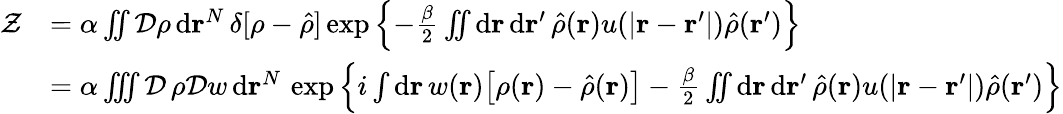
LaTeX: \begin{array}{rl}{\mathcal{Z}}&{=\alpha\iint\mathcal{D}\rho\, \mathrm{d}\mathbf{r}^{N}\, \delta[\rho-\hat{\rho}]\exp\left\{ -\frac{\beta}{2}\iint\mathrm{d}\mathbf{r}\, \mathrm{d}\mathbf{r}^{\prime}\, \hat{\rho}(\mathbf{r})u(\vert\mathbf{r}-\mathbf{r}^{\prime}\vert)\hat{\rho}(\mathbf{r}^{\prime})\right\} }\\ &{=\alpha\iiint\mathcal{D}\, \rho\mathcal{D}w\, \mathrm{d}\mathbf{r}^{N}\, \exp\left\{ i\int\mathrm{d}\mathbf{r}\, w(\mathbf{r})\big[\rho(\mathbf{r})-\hat{\rho}(\mathbf{r})\big]-\frac{\beta}{2}\iint\mathrm{d}\mathbf{r}\, \mathrm{d}\mathbf{r}^{\prime}\, \hat{\rho}(\mathbf{r})u(\vert\mathbf{r}-\mathbf{r}^{\prime}\vert)\hat{\rho}(\mathbf{r}^{\prime})\right\} }\end{array}